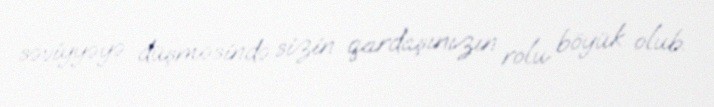
səviyyəyə düşməsində sizin qardaşınızın rolu böyük olub.